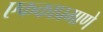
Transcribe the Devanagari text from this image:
एककाप्रमाणे